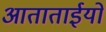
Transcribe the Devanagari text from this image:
आताताईयों